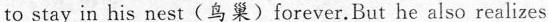
to stay in his nest(鸟巢)forever. But he also realizes